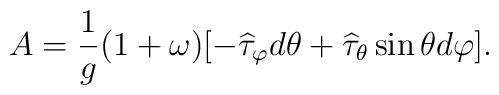
A=\frac{1}{g}(1+\omega)[-\widehat\tau_{\varphi}d\theta+\widehat\tau_{\theta}  \sin \theta  d\varphi].